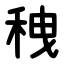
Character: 䄿